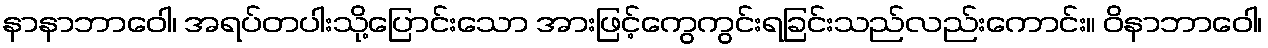
နာနာဘာဝေါ၊ အရပ်တပါးသို့ပြောင်းသော အားဖြင့်ကွေကွင်းရခြင်းသည်လည်းကောင်း။ ဝိနာဘာဝေါ၊